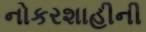
નોકરશાહીની